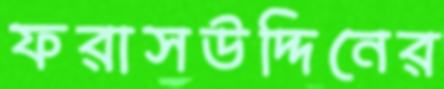
ফরাসউদ্দিনের